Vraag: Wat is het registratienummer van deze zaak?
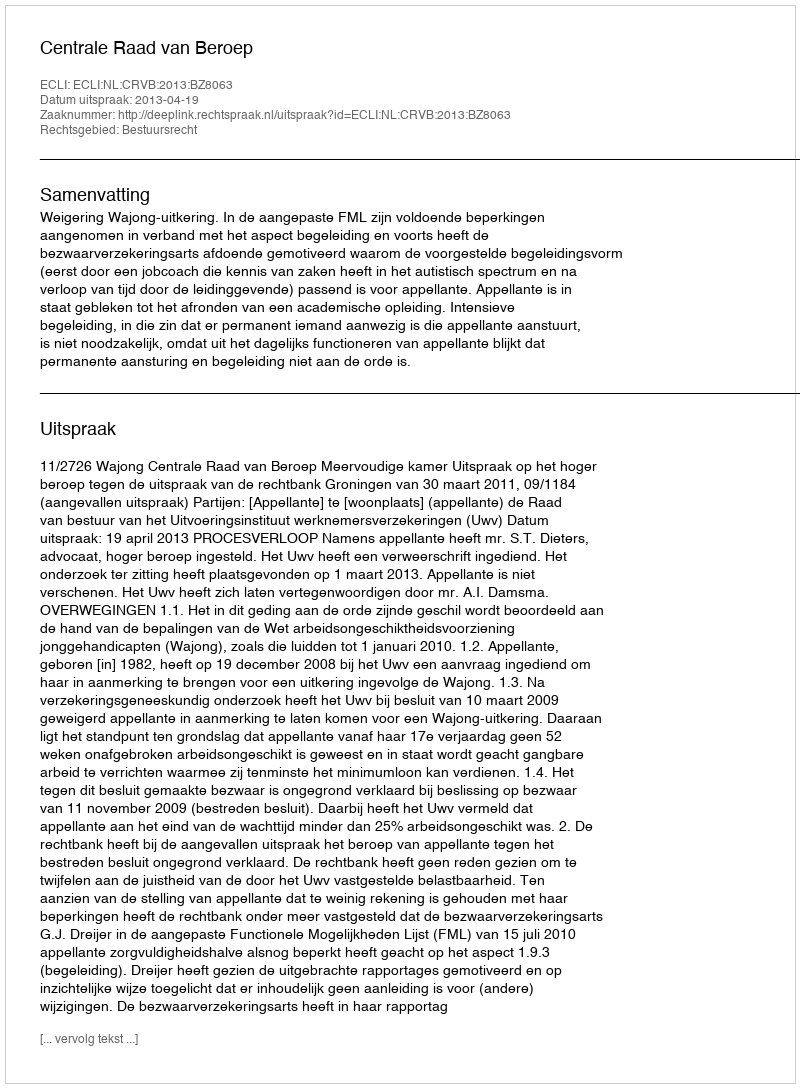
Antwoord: http://deeplink.rechtspraak.nl/uitspraak?id=ECLI:NL:CRVB:2013:BZ8063